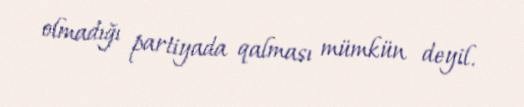
olmadığı partiyada qalması mümkün deyil.